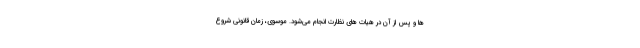
ها و پس از آن در هیات های نظارت انجام می‌شود. موسوی، زمان قانونی شروع